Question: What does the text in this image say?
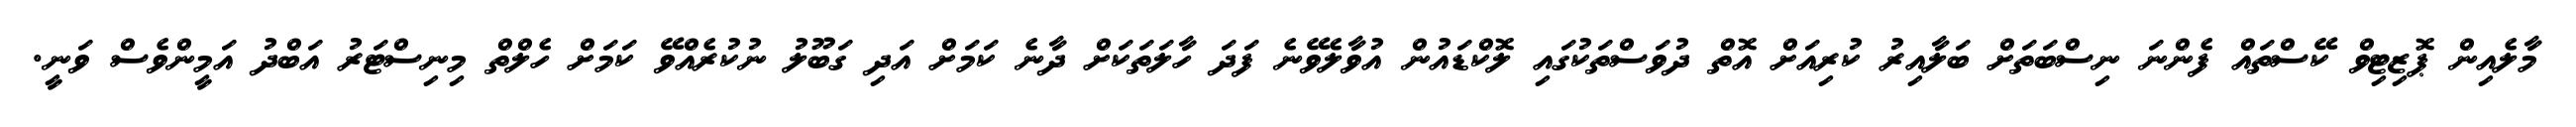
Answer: މާލެއިން ޕޮޒިޓިވް ކޭސްތައް ފެންނަ ނިސްބަތަށް ބަލާއިރު ކުރިއަށް އޮތް ދުވަސްތަކުގައި ލޮކްޑައުން އުވާލެވޭނެ ފަދަ ހާލަތަކަށް ދާނެ ކަމަށް އަދި ގަބޫލު ނުކުރެއްވޭ ކަމަށް ހެލްތް މިނިސްޓަރު އަބްދު އަމީންވެސް ވަނީ.